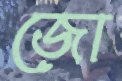
জো